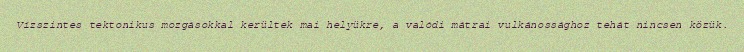
Vízszintes tektonikus mozgásokkal kerültek mai helyükre, a valódi mátrai vulkánossághoz tehát nincsen közük.